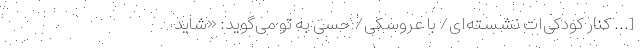
[... کنار کودکی‌ات نشسته‌ای/ با عروسکی/ حسّی به تو می‌گوید: «شاید